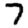
Digit: 7